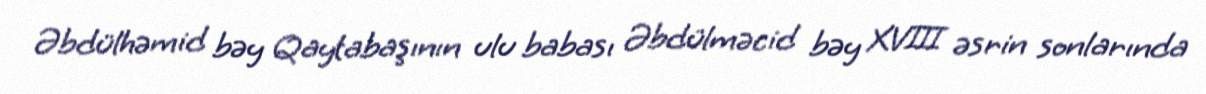
Əbdülhəmid bəy Qaytabaşının ulu babası Əbdülməcid bəy XVIII əsrin sonlarında